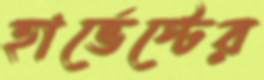
হার্ভেস্টের